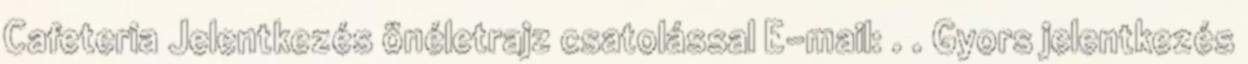
Cafeteria Jelentkezés önéletrajz csatolással E-mail: . . Gyors jelentkezés